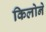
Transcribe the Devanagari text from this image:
किलोने